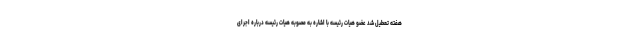
هفته تعطیل شد عضو هیات رئیسه با اشاره به مصوبه هیات رئیسه درباره اجرای